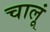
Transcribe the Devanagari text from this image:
चालूं